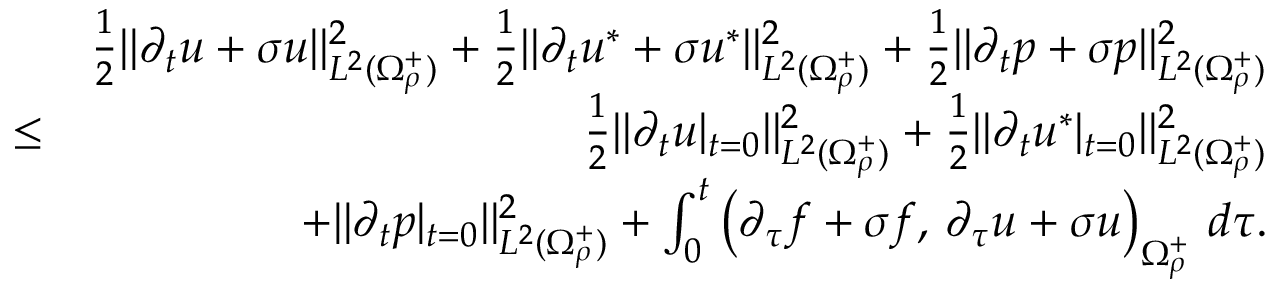
\begin{array} { r l r } & { } & { \frac { 1 } { 2 } \| \partial _ { t } u + \sigma u \| _ { L ^ { 2 } ( \Omega _ { \rho } ^ { + } ) } ^ { 2 } + \frac { 1 } { 2 } \| \partial _ { t } u ^ { * } + \sigma u ^ { * } \| _ { L ^ { 2 } ( \Omega _ { \rho } ^ { + } ) } ^ { 2 } + \frac { 1 } { 2 } \| \partial _ { t } p + \sigma p \| _ { L ^ { 2 } ( \Omega _ { \rho } ^ { + } ) } ^ { 2 } } \\ & { \leq } & { \frac { 1 } { 2 } \| \partial _ { t } u | _ { t = 0 } \| _ { L ^ { 2 } ( \Omega _ { \rho } ^ { + } ) } ^ { 2 } + \frac { 1 } { 2 } \| \partial _ { t } u ^ { * } | _ { t = 0 } \| _ { L ^ { 2 } ( \Omega _ { \rho } ^ { + } ) } ^ { 2 } } \\ & { } & { + \| \partial _ { t } p | _ { t = 0 } \| _ { L ^ { 2 } ( \Omega _ { \rho } ^ { + } ) } ^ { 2 } + \int _ { 0 } ^ { t } \left( \partial _ { \tau } f + \sigma f , \, \partial _ { \tau } u + \sigma u \right) _ { \Omega _ { \rho } ^ { + } } \, d \tau . } \end{array}